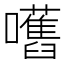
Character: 嚿